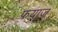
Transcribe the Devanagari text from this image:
फयाज